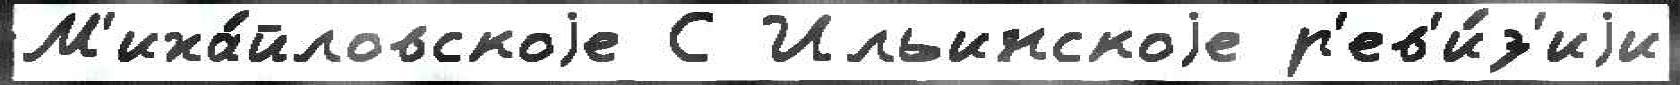
М'иха́йловскоjе С Ильинскоjе р'ев'и́з'иjи